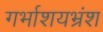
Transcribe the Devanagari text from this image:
गर्भाशयभ्रंश